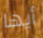
أيها